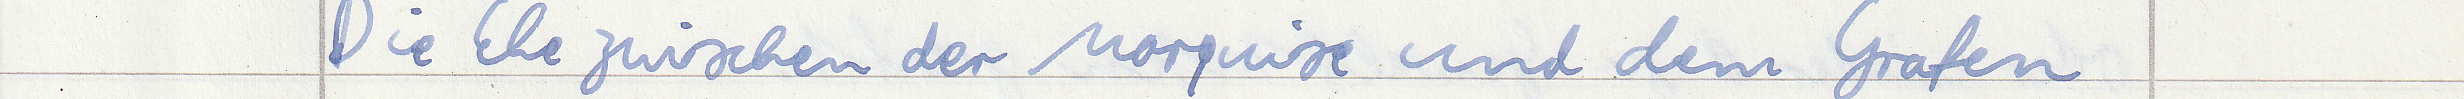
Die Ehe zwischen der Marquise und dem Grafen